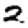
Digit: 2